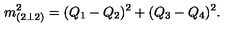
m _ { ( 2 \bot 2 ) } ^ { 2 } = ( Q _ { 1 } - Q _ { 2 } ) ^ { 2 } + ( Q _ { 3 } - Q _ { 4 } ) ^ { 2 } .